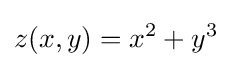
z(x,y)=x^{2}+y^{3}